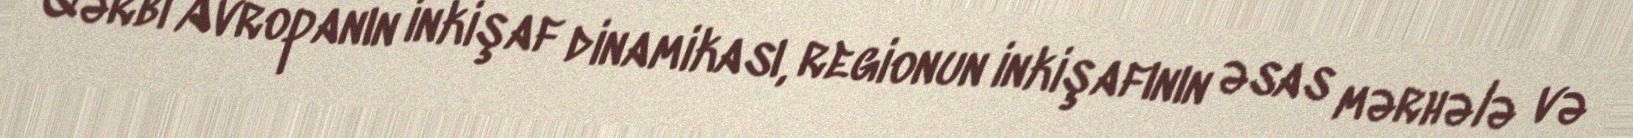
Qərbi Avropanın inkişaf dinamikası, regionun inkişafının əsas mərhələ və